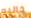
خاليه